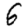
Digit: 6